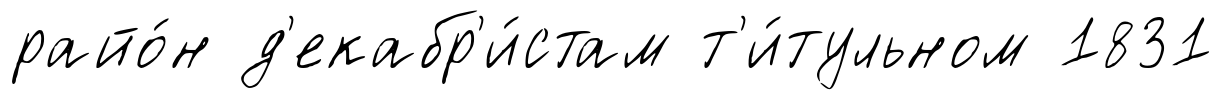
райо́н д'екабр'и́стам т'и́тульном 1831